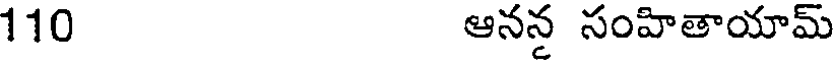
110 ఆనన సంహితాయామ్